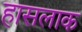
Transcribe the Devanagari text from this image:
हासलाक